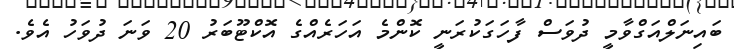
ބައިނަލްއަގްވާމީ ދުވަސް ފާހަގަކުރަނީ ކޮންމެ އަހަރެއްގެ އޮކްޓޫބަރު 20 ވަނަ ދުވަހު އެވެ.